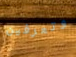
وتعرفين